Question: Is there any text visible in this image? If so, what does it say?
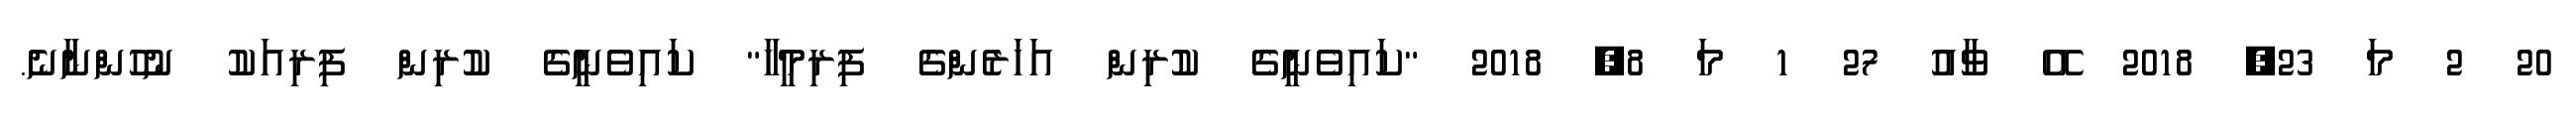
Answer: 20 2 މަ 23, 2018 އޭ ވާއު 27 1 މަ 8, 2018 "ކައިވެނީގެ ކުރިން އަހަރެންގެ ފިރިމީހާ" ކައިވެނީގެ ކުރިން ފިރިއަކު ނުހުންނާނެ.